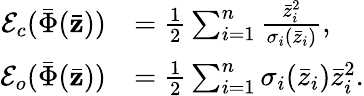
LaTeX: \begin{array}{rl}{\mathcal{E}_{c}(\bar{\Phi}(\bar{\mathbf{z}}))}&{=\frac{1}{2}\sum_{i=1}^{n}\frac{\bar{z}_{i}^{2}}{{\sigma}_{i}(\bar{z}_{i})},}\\ {\mathcal{E}_{o}(\bar{\Phi}(\bar{\mathbf{z}}))}&{=\frac{1}{2}\sum_{i=1}^{n}{\sigma}_{i}(\bar{z}_{i})\bar{z}_{i}^{2}.}\end{array}